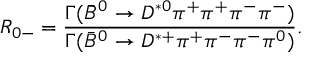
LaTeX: R _ { 0 - } = { \frac { \Gamma ( \bar { B } ^ { 0 } \rightarrow D ^ { * 0 } \pi ^ { + } \pi ^ { + } \pi ^ { - } \pi ^ { - } ) } { \Gamma ( \bar { B } ^ { 0 } \rightarrow D ^ { * + } \pi ^ { + } \pi ^ { - } \pi ^ { - } \pi ^ { 0 } ) } } .